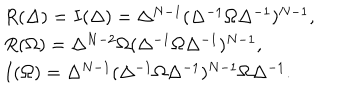
LaTeX: \begin{array} { l } { { R ( \Delta ) = I ( \Delta ) = \Delta ^ { N - 1 } ( \Delta ^ { - 1 } \Omega \Delta ^ { - 1 } ) ^ { N - 1 } , } } \\ { { R ( \Omega ) = \Delta ^ { N - 2 } \Omega ( \Delta ^ { - 1 } \Omega \Delta ^ { - 1 } ) ^ { N - 1 } , } } \\ { { I ( \Omega ) = \Delta ^ { N - 1 } ( \Delta ^ { - 1 } \Omega \Delta ^ { - 1 } ) ^ { N - 1 } \Omega \Delta ^ { - 1 } . } } \\ \end{array}